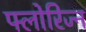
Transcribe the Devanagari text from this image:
फ्लोरिज्न